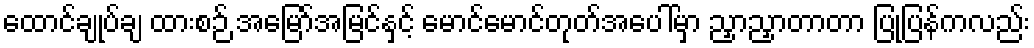
ထောင်ချုပ်ချ ထားစဉ် အမြော်အမြင်နှင့် မောင်မောင်တုတ်အပေါ်မှာ ညှာညှာတာတာ ပြုပြန်ကလည်း